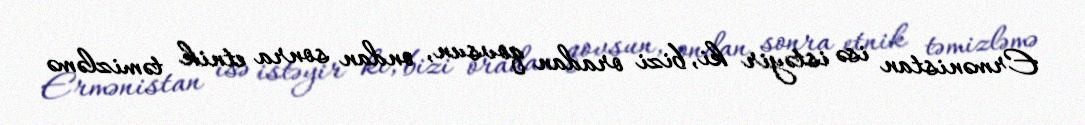
Ermənistan isə istəyir ki, bizi oradan qovsun, ondan sonra etnik təmizləmə